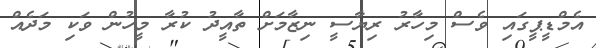
އެމްޑީޕީގައި ވެސް މިހާރު ރިޔާސީ ނިޒާމަށް ތާއީދު ކުރާ މީހުން ވަކި މަދެއް